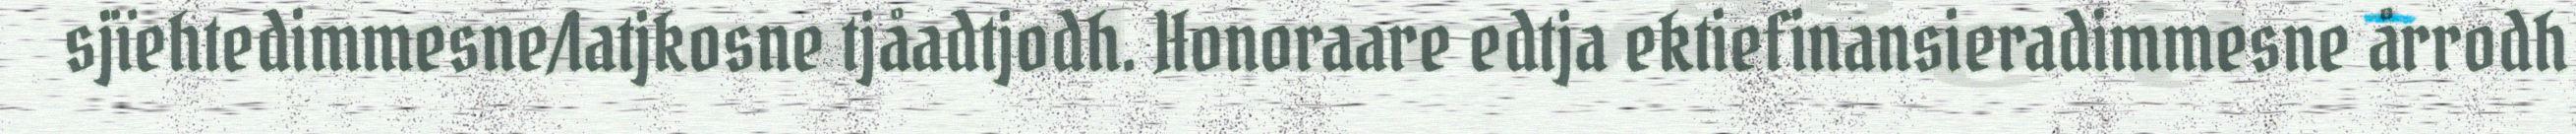
sjïehtedimmesne/latjkosne tjåadtjodh. Honoraare edtja ektiefinansieradimmesne årrodh